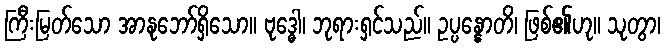
ကြီးမြတ်သော အာနုဘော်ရှိသော။ ဗုဒ္ဓေါ၊ ဘုရားရှင်သည်။ ဥပ္ပန္နောတိ၊ ဖြစ်၏ဟု။ သုတွာ၊